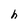
Character: h